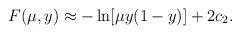
LaTeX: \begin{align*}F(\mu,y) \approx - \ln [ \mu y (1-y)] + 2 c_2.\end{align*}